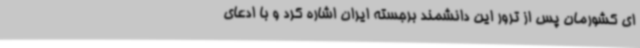
ای کشورمان پس از ترور این دانشمند برجسته ایران اشاره کرد و با ادعای